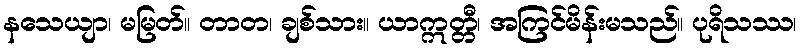
နသေယျာ၊ မမြတ်။ တာတ၊ ချစ်သား။ ယာဣတ္တီ၊ အကြင်မိန်းမသည်။ ပုရိသဿ၊